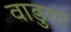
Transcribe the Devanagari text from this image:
वाडुगा